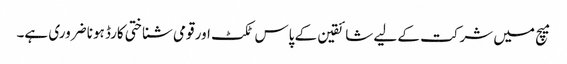
میچ میں شرکت کے لیے شائقین کے پاس ٹکٹ اور قومی شناختی کارڈ ہونا ضروری ہے۔